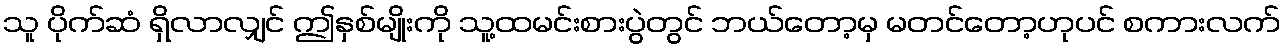
သူ ပိုက်ဆံ ရှိလာလျှင် ဤနှစ်မျိုးကို သူ့ထမင်းစားပွဲတွင် ဘယ်တော့မှ မတင်တော့ဟုပင် စကားလက်